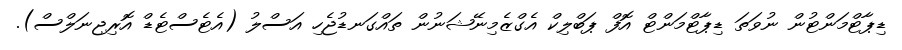
ޑިޕާޓްމަންޓުން ނުވަތަ ޑިޕާޓްމަންޓް އޮފް ޕަބްލިކް އެގްޒެމިނޭޝަނުން ތައްގަނޑުޖެހި އަސްލު (އެޓެސްޓެޑް އޮރިޖިނަލްސް).